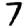
Digit: 7